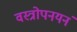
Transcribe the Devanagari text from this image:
वस्त्रोपनयनं